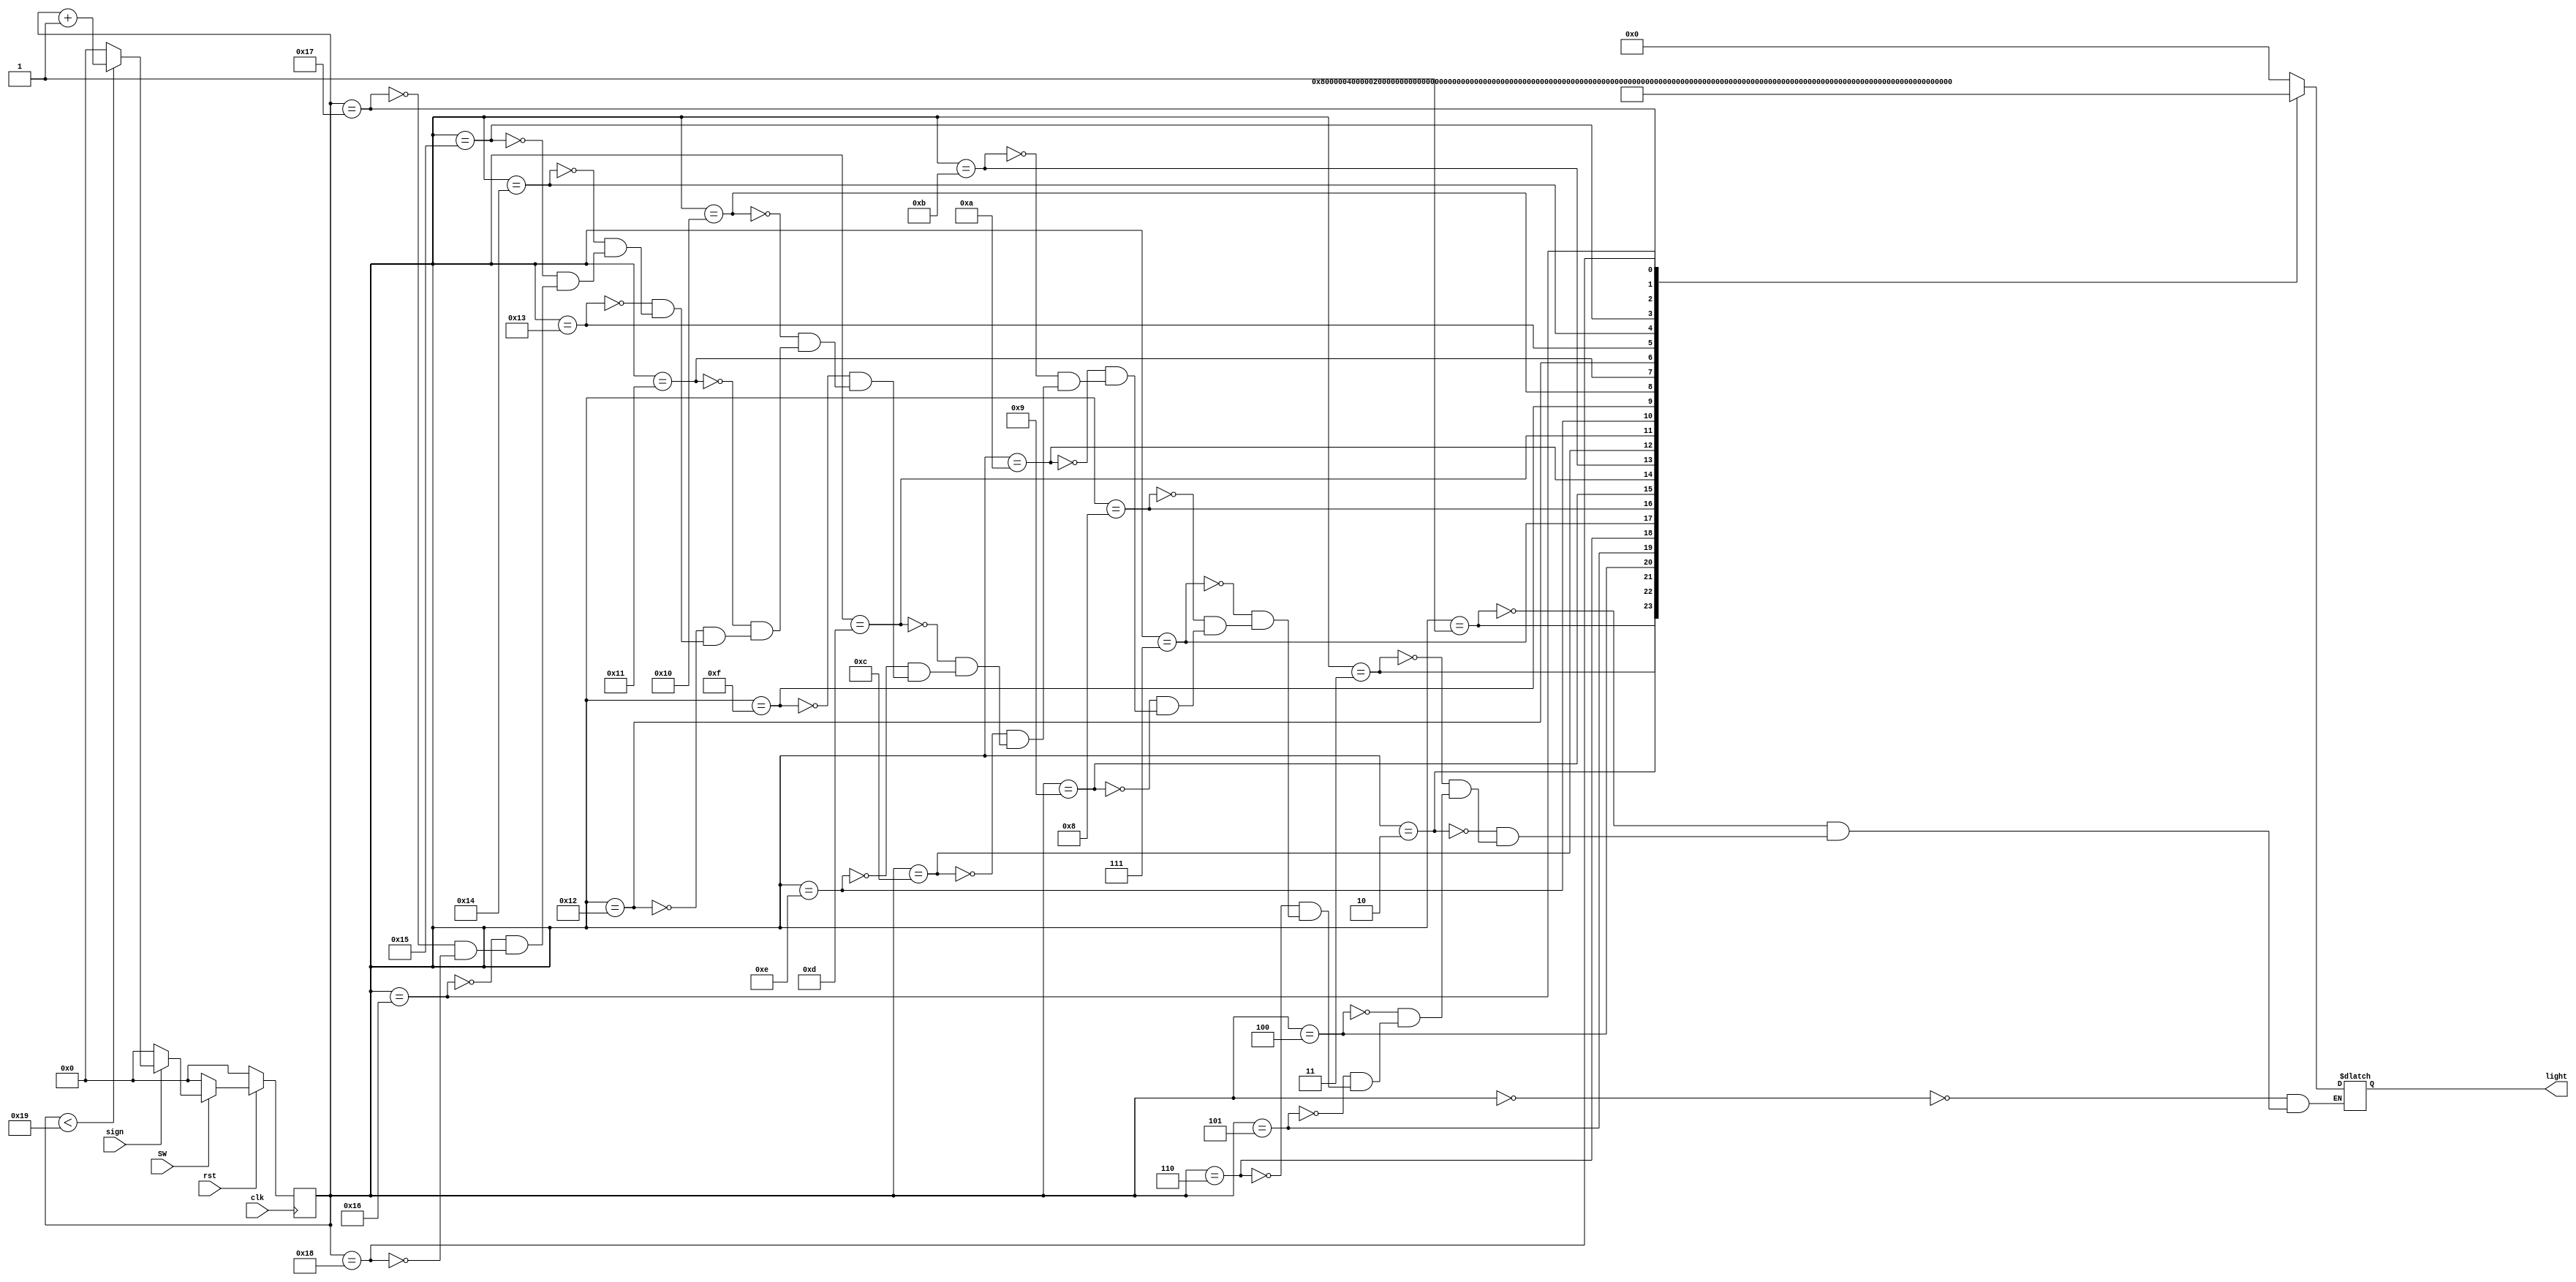
module alarm(rst,SW,sign,light,clk);
	input sign,rst,SW,clk;
	output reg[23:0] light;
	reg[4:0] i;
	always @(posedge clk) begin
	if(~rst) begin
		i = 0; end
	else
		if(SW) begin
			if(sign)	begin
				if(i<25) i = i+1;
				else i = 0;
				end
			else i = 0;
			end
		else i=0;
	end
	
	always @(i)
	case(i)
		0:light <= 24'b0000_0000_0000_0000_0000_0000;
		1:light <= 24'b1000_0000_0000_0000_0000_0000;
		2:light <= 24'b0100_0000_0000_0000_0000_0000;
		3:light <= 24'b0010_0000_0000_0000_0000_0000;
		4:light <= 24'b0001_0000_0000_0000_0000_0000;
		5:light <= 24'b0000_1000_0000_0000_0000_0000;
		6:light <= 24'b0000_0100_0000_0000_0000_0000;
		7:light <= 24'b0000_0010_0000_0000_0000_0000;
		8:light <= 24'b0000_0001_0000_0000_0000_0000;
		9:light <= 24'b0000_0000_1000_0000_0000_0000;
		10:light <= 24'b0000_0000_0100_0000_0000_0000;
		11:light <= 24'b0000_0000_0010_0000_0000_0000;
		12:light <= 24'b0000_0000_0001_0000_0000_0000;
		13:light <= 24'b0000_0000_0000_1000_0000_0000;
		14:light <= 24'b0000_0000_0000_0100_0000_0000;
		15:light <= 24'b0000_0000_0000_0010_0000_0000;
		16:light <= 24'b0000_0000_0000_0001_0000_0000;
		17:light <= 24'b0000_0000_0000_0000_1000_0000;
		18:light <= 24'b0000_0000_0000_0000_0100_0000;
		19:light <= 24'b0000_0000_0000_0000_0010_0000;
		20:light <= 24'b0000_0000_0000_0000_0001_0000;
		21:light <= 24'b0000_0000_0000_0000_0000_1000;
		22:light <= 24'b0000_0000_0000_0000_0000_0100;
		23:light <= 24'b0000_0000_0000_0000_0000_0010;
		24:light <= 24'b0000_0000_0000_0000_0000_0001;
		endcase
endmodule